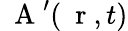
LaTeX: \mathrm{~\mathbf~A~}^{\prime}(\mathrm{~\mathbf~r~},t)